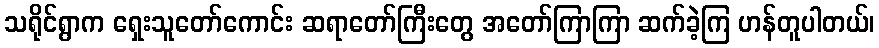
သရိုင်ရွာက ရှေးသူတော်ကောင်း ဆရာတော်ကြီးတွေ အတော်ကြာကြာ ဆက်ခဲ့ကြ ဟန်တူပါတယ်၊